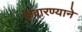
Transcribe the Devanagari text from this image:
फवारण्याने